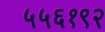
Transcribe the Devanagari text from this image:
५५६१९२